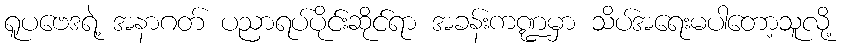
ရူပဗေဒရဲ့ အနာဂတ် ပညာရပ်ပိုင်းဆိုင်ရာ အခန်းကဏ္ဍမှာ သိပ်အရေးမပါတော့သူလို့